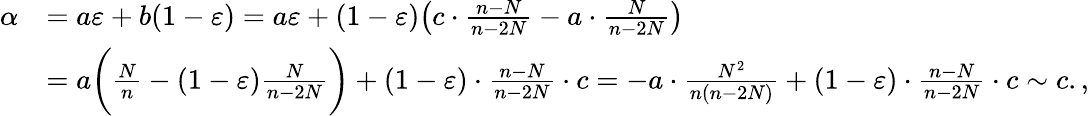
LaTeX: \begin{array}{rl}{\alpha}&{=a\varepsilon+b(1-\varepsilon)=a\varepsilon+(1-\varepsilon)\big(c\cdot\frac{n-N}{n-2N}-a\cdot\frac{N}{n-2N}\big)}\\ &{=a\bigg(\frac{N}{n}-(1-\varepsilon)\frac{N}{n-2N}\bigg)+(1-\varepsilon)\cdot\frac{n-N}{n-2N}\cdot c=-a\cdot\frac{N^{2}}{n(n-2N)}+(1-\varepsilon)\cdot\frac{n-N}{n-2N}\cdot c\sim c.,}\end{array}